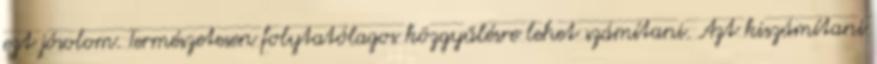
ezt jósolom. Természetesen folytatólagos közgyűlésre lehet számítani. Azt kiszámítani